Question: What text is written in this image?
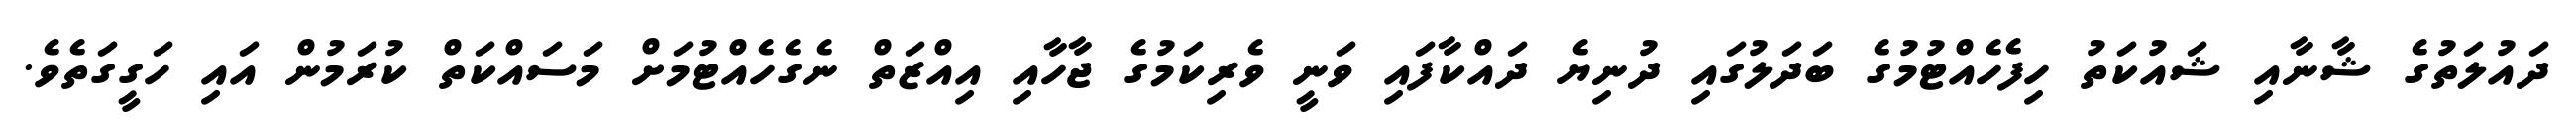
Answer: ދައުލަތުގެ ޝާނާއި ޝައުކަތު ހިފެހެއްޓުމުގެ ބަދަލުގައި ދުނިޔެ ދައްކާފައި ވަނީ ވެރިކަމުގެ ޖާހާއި އިއްޒަތް ނެގެހެއްޓުމަށް މަސައްކަތް ކުރަމުން އައި ހަގީގަތެވެ.